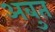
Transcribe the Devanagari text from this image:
अबुत